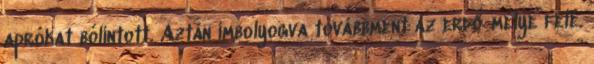
aprókat bólintott. Aztán imbolyogva továbbment az erdő mélye felé.